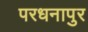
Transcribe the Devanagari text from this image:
परधनापुर